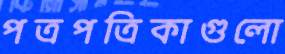
পত্রপত্রিকাগুলো